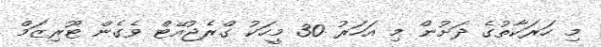
މި ހަރަކާތުގެ ދަށުން މި އަހަރު 30 މީހަކު ގްރެޖުއޭޓް ވެގެން ޓޫރިޒަމް